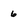
Character: 6